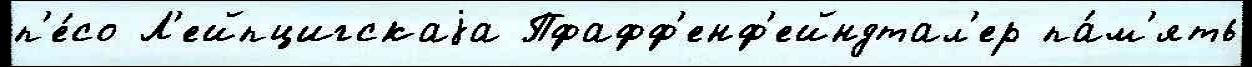
п'е́со Л'ейпцигскаjа Пфафф'енф'ейндтал'ер па́м'ять